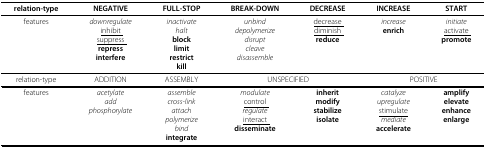
<table><thead><tr><td><b>relation-type</b></td><td><b>NEGATIVE</b></td><td><b>FULL-STOP</b></td><td><b>BREAK-DOWN</b></td><td><b>DECREASE</b></td><td><b>INCREASE</b></td><td><b>START</b></td></tr></thead><tbody><tr><td>features</td><td><i>downregulate</i><underline>inhibit </underline><underline>suppress </underline><b>repress</b><b>interfere</b></td><td><i>inactivate</i><i>halt</i><b>block</b><b>limit</b><b>restrict</b><b>kill</b></td><td><i>unbind</i><i>depolymerize</i><i>disrupt</i><i>cleave</i><i>disassemble</i></td><td><underline>decrease </underline><underline>diminish </underline><b>reduce</b></td><td><i>increase</i><b>enrich</b></td><td><i>initiate </i><underline>activate </underline><b>promote</b></td></tr><tr><td>relation-type</td><td>ADDITION</td><td>ASSEMBLY</td><td colspan="2">UNSPECIFIED</td><td colspan="2">POSITIVE</td></tr><tr><td>features</td><td><i>acetylate</i><i>add</i><i>phosphorylate</i></td><td><i>assemble </i><i>cross-link </i><i>attach </i><i>polymerize </i><i>bind </i><b>integrate</b></td><td><i>modulate </i><underline>control </underline><i>regulate</i><underline>interact </underline><b>disseminate</b></td><td><b>inherit</b><b>modify</b><b>stabilize</b><b>isolate</b></td><td><i>catalyze</i><i>upregulate</i><underline>stimulate</underline><i>mediate</i><b>accelerate</b></td><td><b>amplify</b><b>elevate</b><b>enhance</b><b>enlarge</b></td></tr></tbody></table>